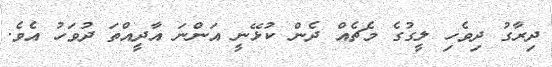
ދިރާގު ދިވެހި ލީގުގެ މެޗެއް ދެން ކުޅޭނީ އަންނަ އާދީއްތަ ދުވަހު އެވެ.